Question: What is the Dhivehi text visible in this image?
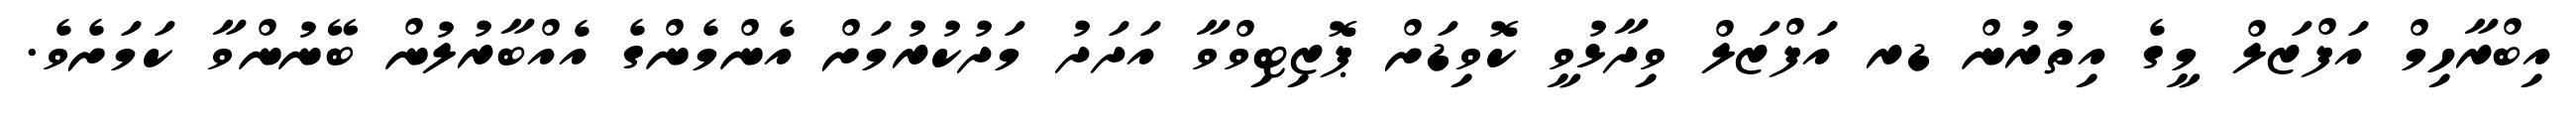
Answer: އިބްރާހިމް އަފްޒަލް މީގެ އިތުރުން ޑރ އަފްޒަލް ވިދާޅުވީ ކޮވިޑަށް ޕޮޒިޓިވްވާ އަދަދު މަދުކުރުމަށް އެންމެންގެ އެއްބާރުލުން ބޭނުންވާ ކަމަށެވެ.